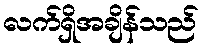
လက်ရှိအချိန်သည်